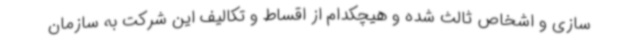
سازی و اشخاص ثالث شده و هیچکدام از اقساط و تکالیف این شرکت به سازمان